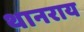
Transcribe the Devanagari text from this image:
थानराय